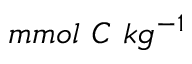
m m o l ~ C ~ k g ^ { - 1 }